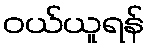
ဝယ်ယူရန်